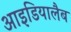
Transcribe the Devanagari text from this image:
आइडियालैब